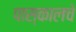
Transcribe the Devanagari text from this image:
पास्कालचे